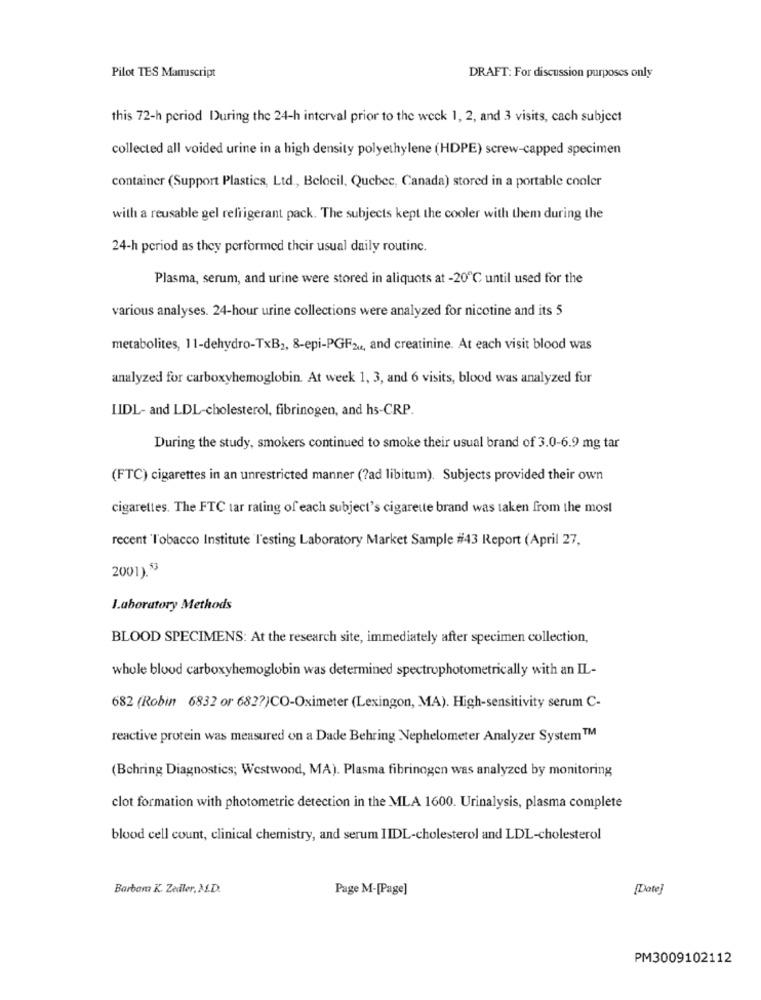
Pilot TES Manuscript
DRAFT: For discussion purposes only
this 72-h period During the 24-h interval prior to the week 1, 2, and 3 visits, cach subject
collected all voided urine in a high density polyethylene (HDPE) screw-capped specimen
container (Support Plastics, Ltd ., Beloeil, Quebec, Canada) stored in a portable cooler
with a reusable gel refrigerant pack. The subjects kept the cooler with them during the
24-h period as they performed their usual daily routine.
Plasma, serum, and urine were stored in aliquots at -20℃ until used for the
various analyses. 24-hour urine collections were analyzed for nicotine and its 5
metabolites, 11-dehydro-TxB2, 8-epi-PGFzu, and creatinine. At each visit blood was
analyzed for carboxyhemoglobin. At week 1, 3, and 6 visits, blood was analyzed for
LIDL- and LDL-cholesterol, fibrinogen, and hs-CRP.
During the study, smokers continued to smoke their usual brand of 3.0-6.9 mg tar
(FTC) cigarettes in an unrestricted manner (?ad libitum). Subjects provided their own
cigarettes. The FTC tar rating of each subject's cigarette brand was taken from the most
recent 'Tobacco Institute Testing Laboratory Market Sample #43 Report (April 27,
2001).53
Laboratory Methods
BLOOD SPECIMENS: At the research site, immediately after specimen collection,
whole blood carboxyhemoglobin was determined spectrophotometrically with an IL-
682 (Robin 6832 or 682?)CO-Oximeter (Lexingon, MA). High-sensitivity serum C-
reactive protein was measured on a Dade Behring Nephelometer Analyzer System ™
(Behring Diagnostics; Westwood, MA). Plasma fibrinogen was analyzed by monitoring
clot formation with photometric detection in the MLA 1600. Urinalysis, plasma complete
blood cell count, clinical chemistry, and serum IIDL-cholesterol and LDL-cholesterol
Barbam K. Zaddler, M.D.
Page M-[Page]
[Date]
PM3009102112